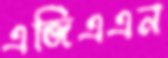
এজিএএন